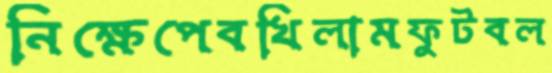
নিক্ষেপেবখিলামফুটবল